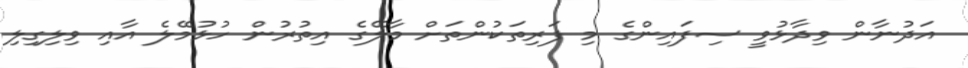
އަދުނާން ވިދާޅުވީ ސިފައިންގެ މި ފަރިތަކުންތަށް މާލޭގެ އިތުރުން ހުޅުމޭލެ އާއި ވިލިގިލި